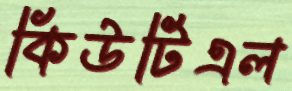
কিউটিএল